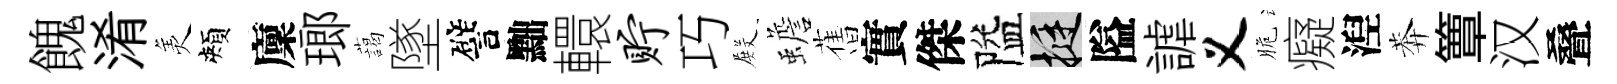
餽淆羙頰廩瑯藹墜譬黜轘贮巧𭮺蟾𦾔實傑隘挺隘謔义脆癡湼莾簟汉叠